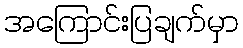
အကြောင်းပြချက်မှာ